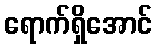
ရောက်ရှိအောင်